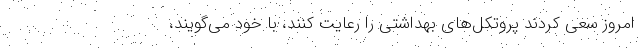
امروز سعی کردند پروتکل‌های بهداشتی را رعایت کنند، با خود می‌گویند،